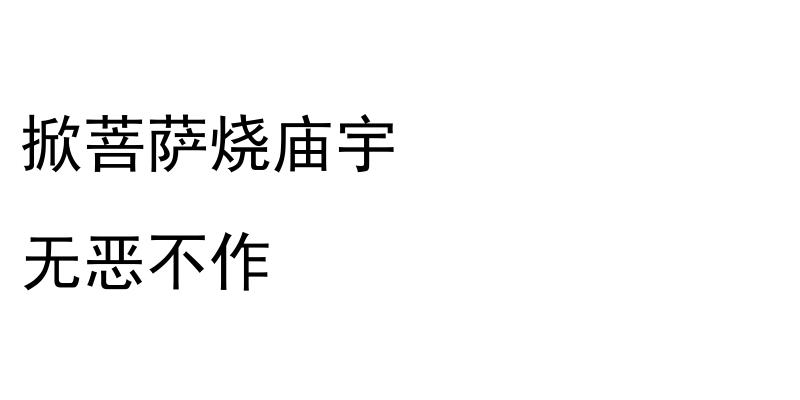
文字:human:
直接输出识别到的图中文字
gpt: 掀菩萨烧庙宇 无恶不作